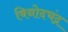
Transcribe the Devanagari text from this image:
विनोदचंद्र